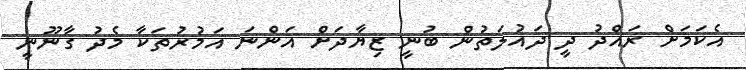
އެކަމަށް ރައްދު ދީ ދައުލަތުން ބުނީ ޒިޔާދަށް އަންނަ އަމުރުތަކާ މެދު ގާނޫނީ